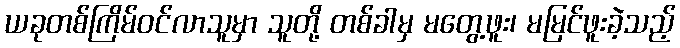
ယခုတစ်ကြိမ်ဝင်လာသူမှာ သူတို့ တစ်ခါမှ မတွေ့ဖူး၊ မမြင်ဖူးခဲ့သည့်